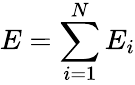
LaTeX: E=\sum_{i=1}^{N}E_{i}